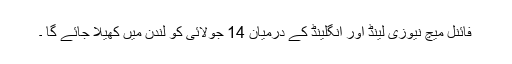
فائنل میچ نیوزی لینڈ اور انگلینڈ کے درمیان 14 جولائی کو لندن میں کھیلا جائے گا ۔